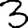
Digit: 3